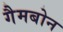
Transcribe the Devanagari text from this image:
गैमबोन